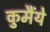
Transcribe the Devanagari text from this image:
कुमैंये